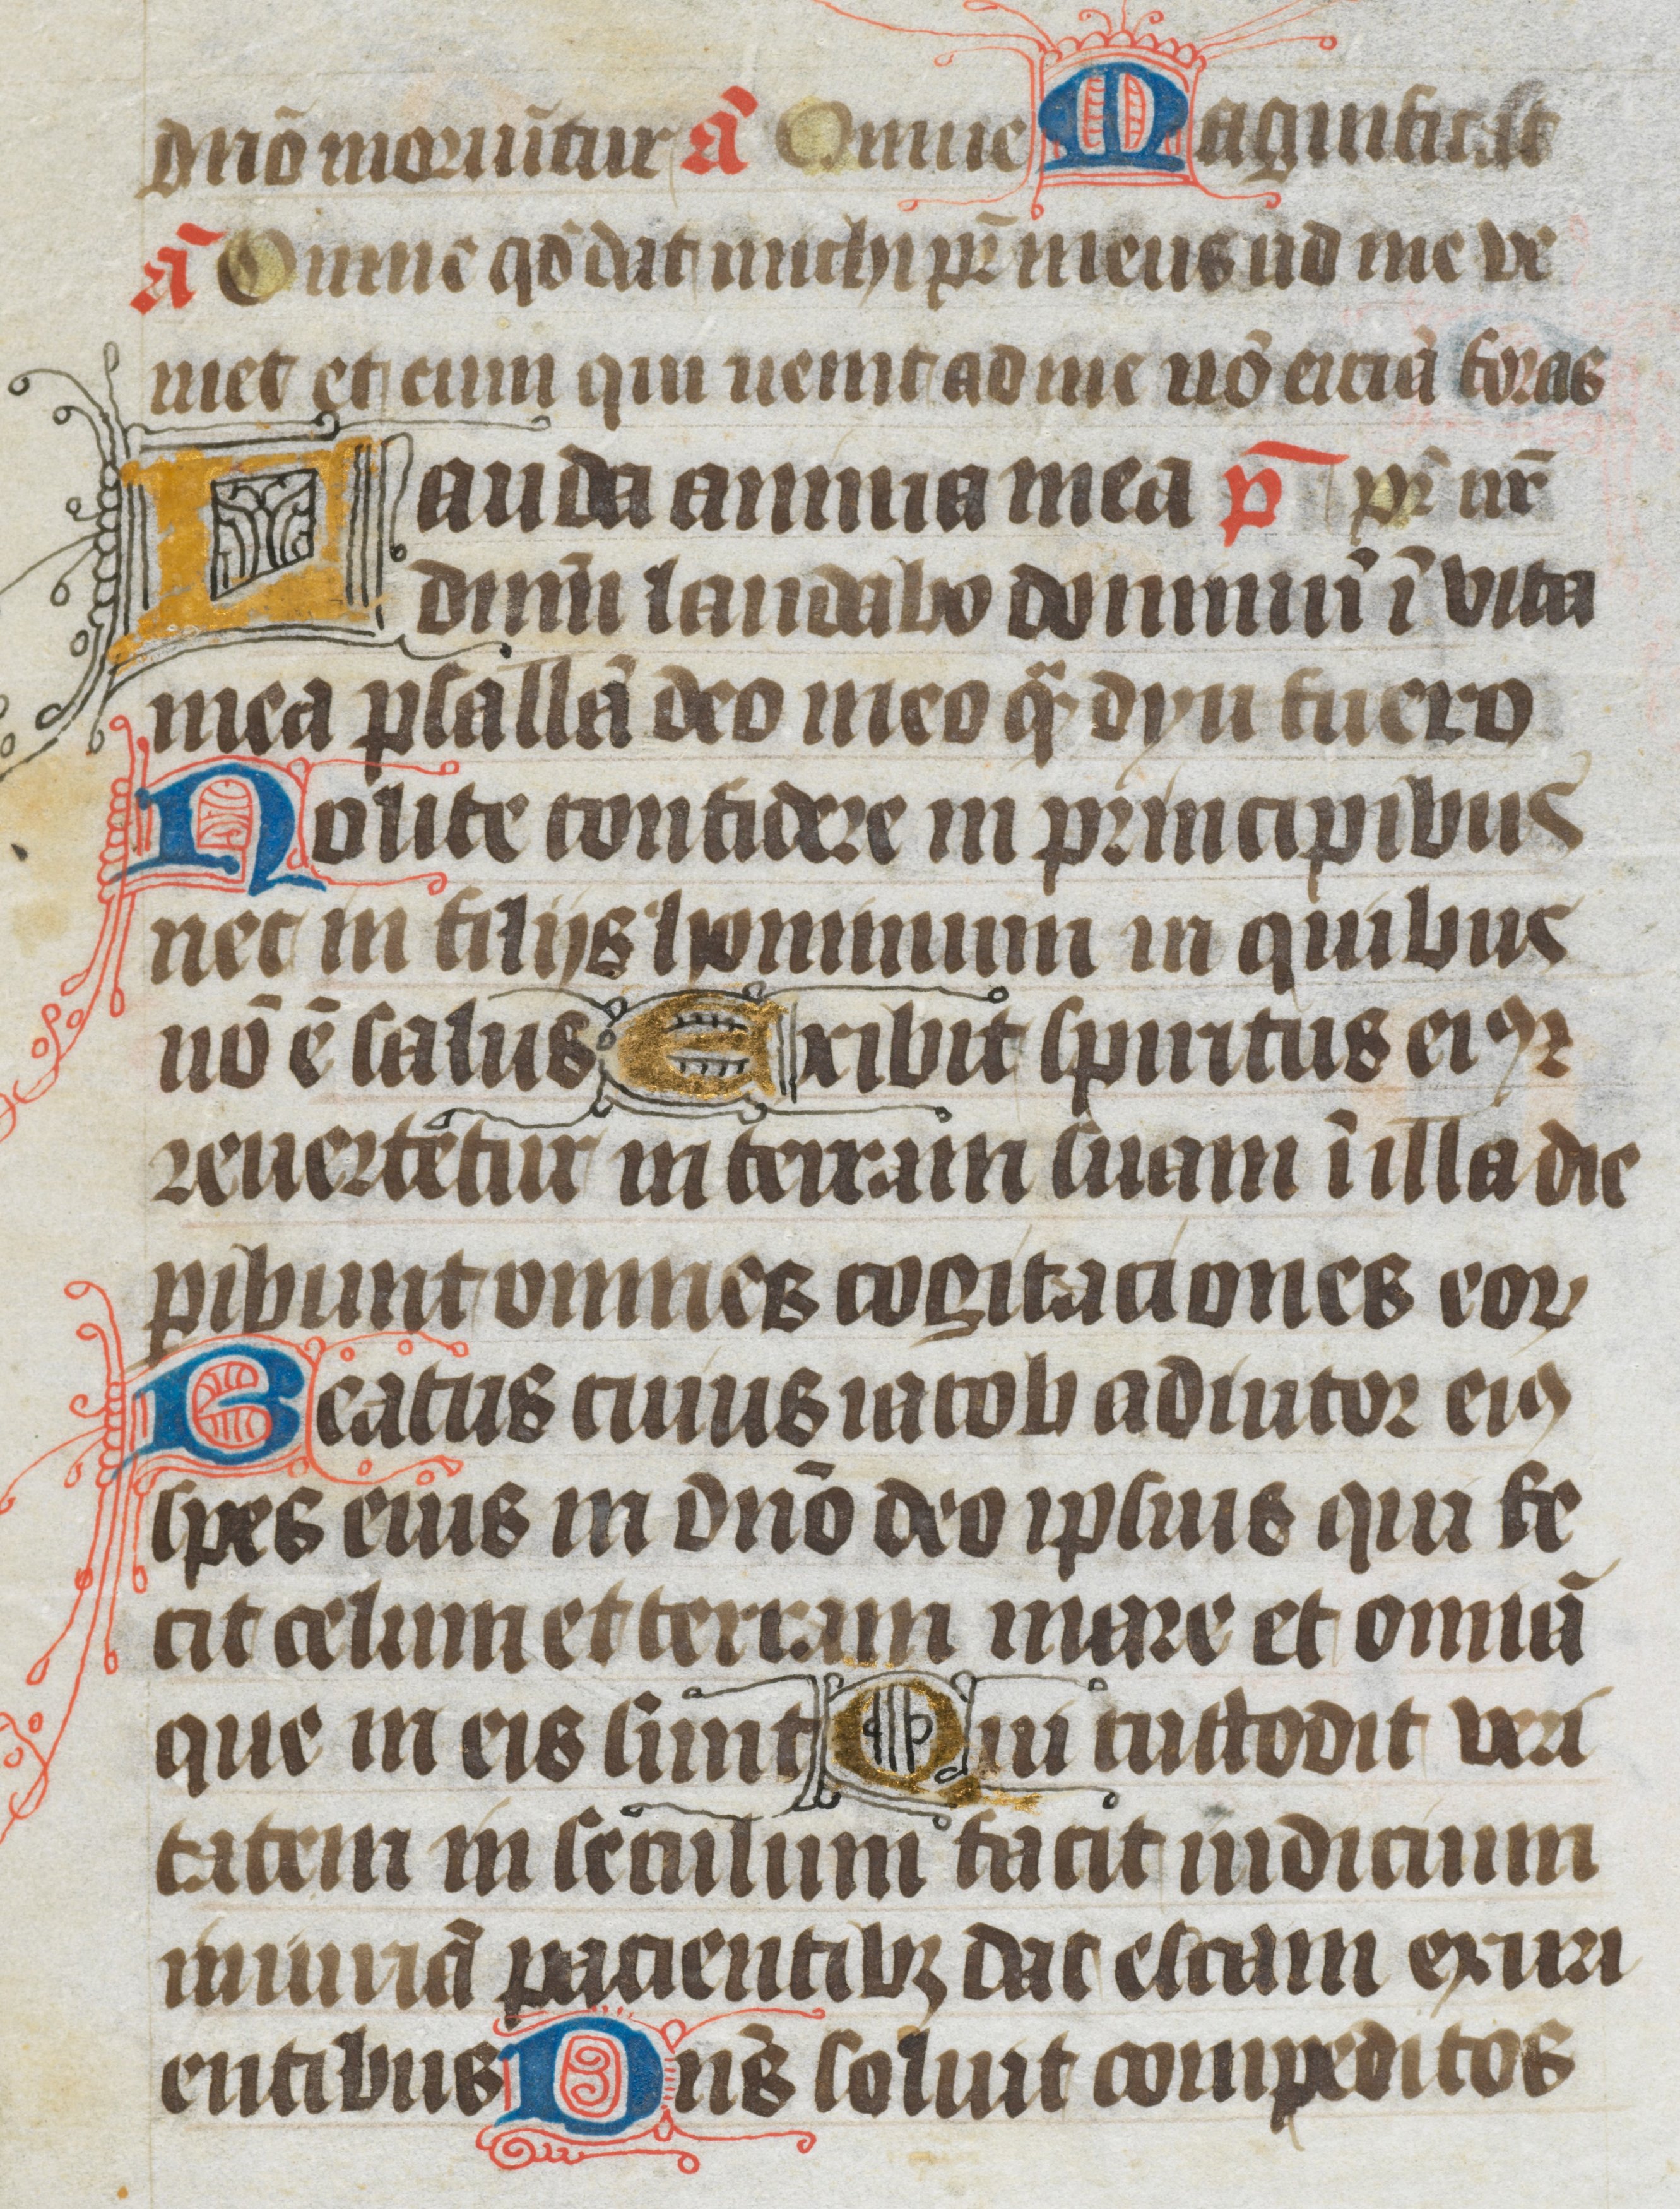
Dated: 1400–1499